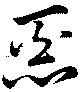
惡